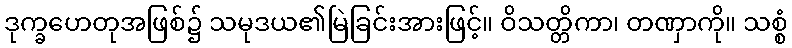
ဒုက္ခဟေတုအဖြစ်၌ သမုဒယ၏မြဲခြင်းအားဖြင့်။ ဝိသတ္တိကာ၊ တဏှာကို။ သစ္စံ